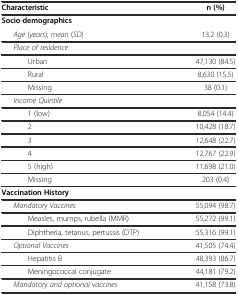
<table><thead><tr><td><b>Characteristic</b></td><td><b>n (%)</b></td></tr></thead><tbody><tr><td><b>Socio</b>-<b>demographics</b></td><td></td></tr><tr><td><i>Age</i> (<i>years</i>), <i>mean</i> (<i>SD</i>)</td><td>13.2 (0.3)</td></tr><tr><td><i>Place of residence</i></td><td></td></tr><tr><td>Urban</td><td>47,130 (84.5)</td></tr><tr><td>Rural</td><td>8,630 (15.5)</td></tr><tr><td>Missing</td><td>38 (0.1)</td></tr><tr><td><i>Income Quintile</i></td><td></td></tr><tr><td>1 (low)</td><td>8,054 (14.4)</td></tr><tr><td>2</td><td>10,428 (18.7)</td></tr><tr><td>3</td><td>12,648 (22.7)</td></tr><tr><td>4</td><td>12,767 (22.9)</td></tr><tr><td>5 (high)</td><td>11,698 (21.0)</td></tr><tr><td>Missing</td><td>203 (0.4)</td></tr><tr><td><b>Vaccination History</b></td><td></td></tr><tr><td><i>Mandatory Vaccines</i></td><td>55,094 (98.7)</td></tr><tr><td>Measles, mumps, rubella (MMR)</td><td>55,272 (99.1)</td></tr><tr><td>Diphtheria, tetanus, pertussis (DTP)</td><td>55,316 (99.1)</td></tr><tr><td><i>Optional Vaccines</i></td><td>41,505 (74.4)</td></tr><tr><td>Hepatitis B</td><td>48,393 (86.7)</td></tr><tr><td>Meningococcal conjugate</td><td>44,181 (79.2)</td></tr><tr><td><i>Mandatory and optional vaccines</i></td><td>41,158 (73.8)</td></tr></tbody></table>